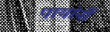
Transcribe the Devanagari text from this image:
पायांनीं